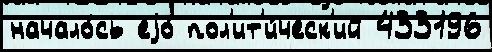
начало́сь еjо́ пол'ит'и́ческ'ий 433196